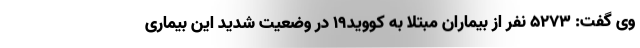
وی گفت: ۵۲۷۳ نفر از بیماران مبتلا به کووید۱۹ در وضعیت شدید این بیماری